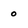
Character: o